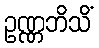
ဥဏ္ဏဘိသိံ